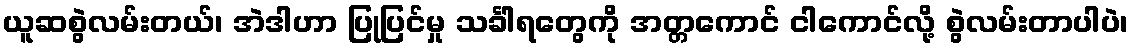
ယူဆစွဲလမ်းတယ်၊ အဲဒါဟာ ပြုပြင်မှု သင်္ခါရတွေကို အတ္တကောင် ငါကောင်လို့ စွဲလမ်းတာပါပဲ၊